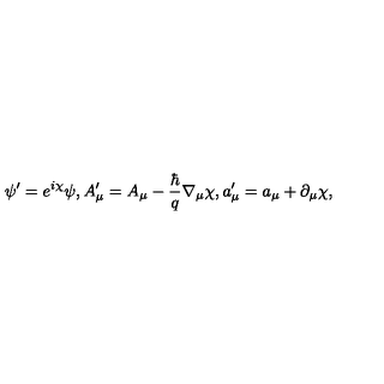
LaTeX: \psi ^ { \prime } = e ^ { i \chi } \psi , A _ { \mu } ^ { \prime } = A _ { \mu } - \frac { \hbar } { q } \nabla _ { \mu } \chi , a _ { \mu } ^ { \prime } = a _ { \mu } + \partial _ { \mu } \chi ,